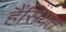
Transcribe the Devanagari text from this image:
हैंसियत